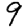
Digit: 9